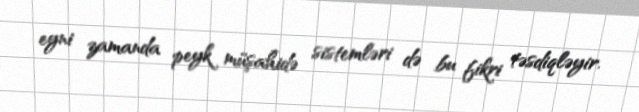
eyni zamanda peyk müşahidə sistemləri də bu fikri təsdiqləyir.